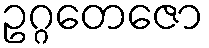
ဥဂ္ဂတေဇော